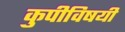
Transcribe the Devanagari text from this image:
कुपीविषयी